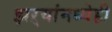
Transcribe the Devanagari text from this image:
झऱ्यांमध्येही